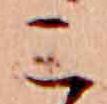
こ